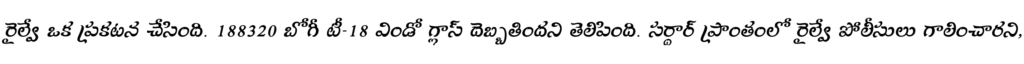
రైల్వే ఒక ప్రకటన చేసింది. 188320 బోగీ టీ-18 విండో గ్లాస్ దెబ్బతిందని తెలిపింది. సర్దార్ ప్రాంతంలో రైల్వే పోలీసులు గాలించారని,